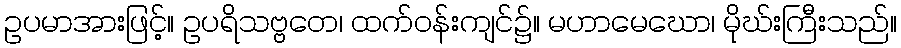
ဥပမာအားဖြင့်။ ဥပရိသဗ္ဗတေ၊ ထက်ဝန်းကျင်၌။ မဟာမေဃော၊ မိုဃ်းကြီးသည်။